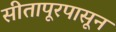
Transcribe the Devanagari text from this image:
सीतापूरपासून